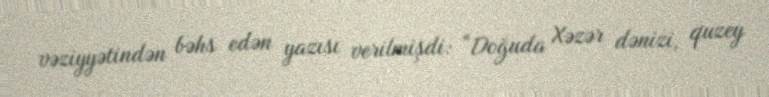
vəziyyətindən bəhs edən yazısı verilmişdi: “Doğuda Xəzər dənizi, quzey